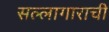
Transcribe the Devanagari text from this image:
सल्लागाराची